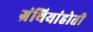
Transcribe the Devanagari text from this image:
ग्रंथियांहोती